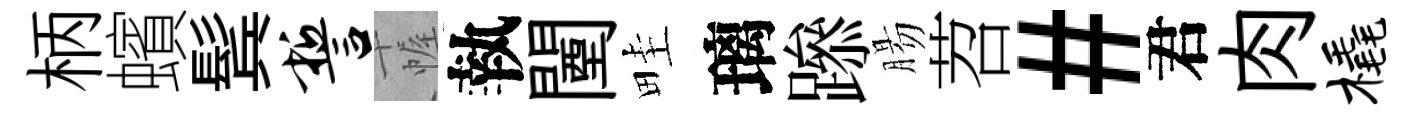
柄蠙鬂誓幄執闉畦璃𨅶腸苕#君肉橇